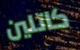
كاتلين